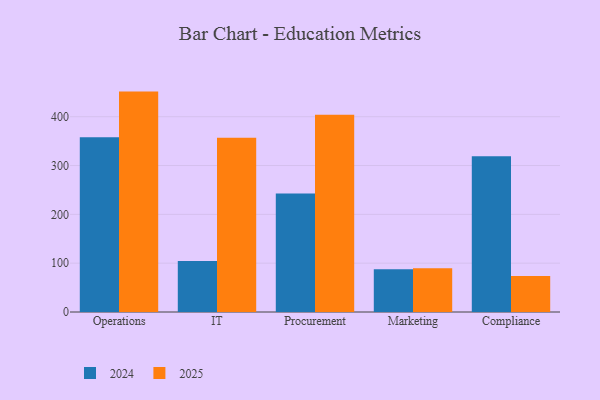
{"axis": {"x": "Department", "y": "Backlog"}, "legend": ["2024", "2025"], "data": [{"x": "Operations", "y": 358.1, "type": "2024"}, {"x": "Operations", "y": 451.4, "type": "2025"}, {"x": "IT", "y": 104.6, "type": "2024"}, {"x": "IT", "y": 357.0, "type": "2025"}, {"x": "Procurement", "y": 242.7, "type": "2024"}, {"x": "Procurement", "y": 403.8, "type": "2025"}, {"x": "Marketing", "y": 87.6, "type": "2024"}, {"x": "Marketing", "y": 89.6, "type": "2025"}, {"x": "Compliance", "y": 319.1, "type": "2024"}, {"x": "Compliance", "y": 73.9, "type": "2025"}]}